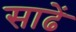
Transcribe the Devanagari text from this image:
साढें